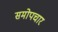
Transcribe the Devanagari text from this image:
समोपचार